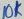
Text: 10K